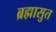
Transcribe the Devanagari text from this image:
ब्रह्मासुत